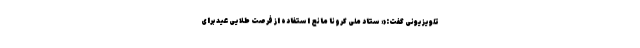
تلویزیونی گفت:« ستاد ملی کرونا مانع استفاده از فرصت طلایی عید برای